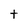
Character: t